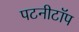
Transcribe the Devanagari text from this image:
पटनीटॉप